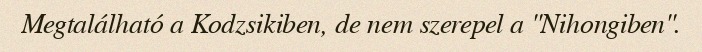
Megtalálható a Kodzsikiben, de nem szerepel a "Nihongiben".